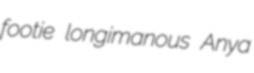
footie longimanous Anya